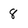
Character: 8